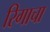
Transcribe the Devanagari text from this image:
रिगाचा